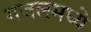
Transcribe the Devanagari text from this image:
गजलमध्ये